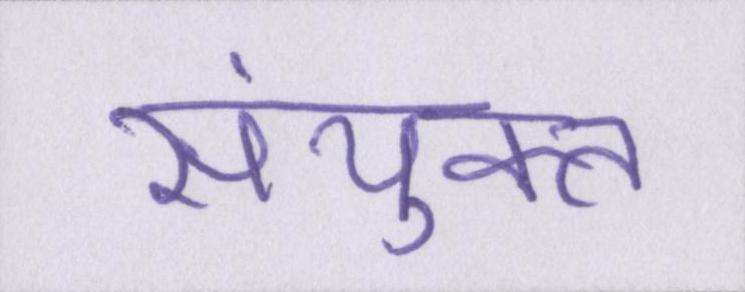
संयुक्त